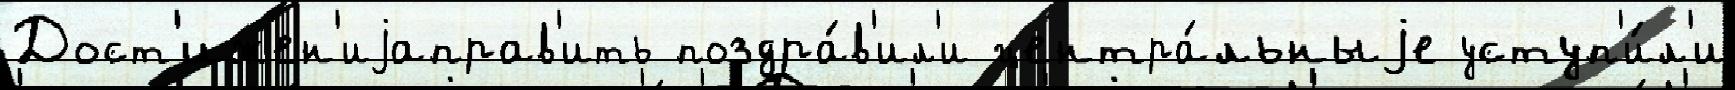
Дост'ижен'иjаправ'ить поздра́в'ил'и центра́льныjе уступ'и́л'и